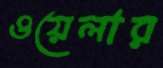
ওয়েলার